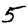
Digit: 5